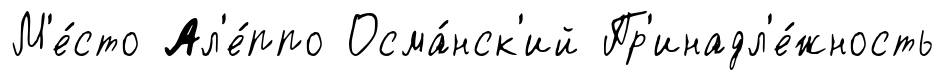
М'е́сто Ал'е́ппо Осма́нск'ий Пр'инадл'е́жность